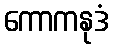
ကောကနုဒံ